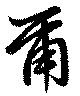
爾